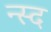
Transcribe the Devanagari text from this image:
न्स्द